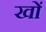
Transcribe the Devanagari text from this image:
खों